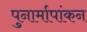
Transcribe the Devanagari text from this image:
पुनार्मापांकन